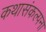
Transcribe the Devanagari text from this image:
कथासंकल्पना